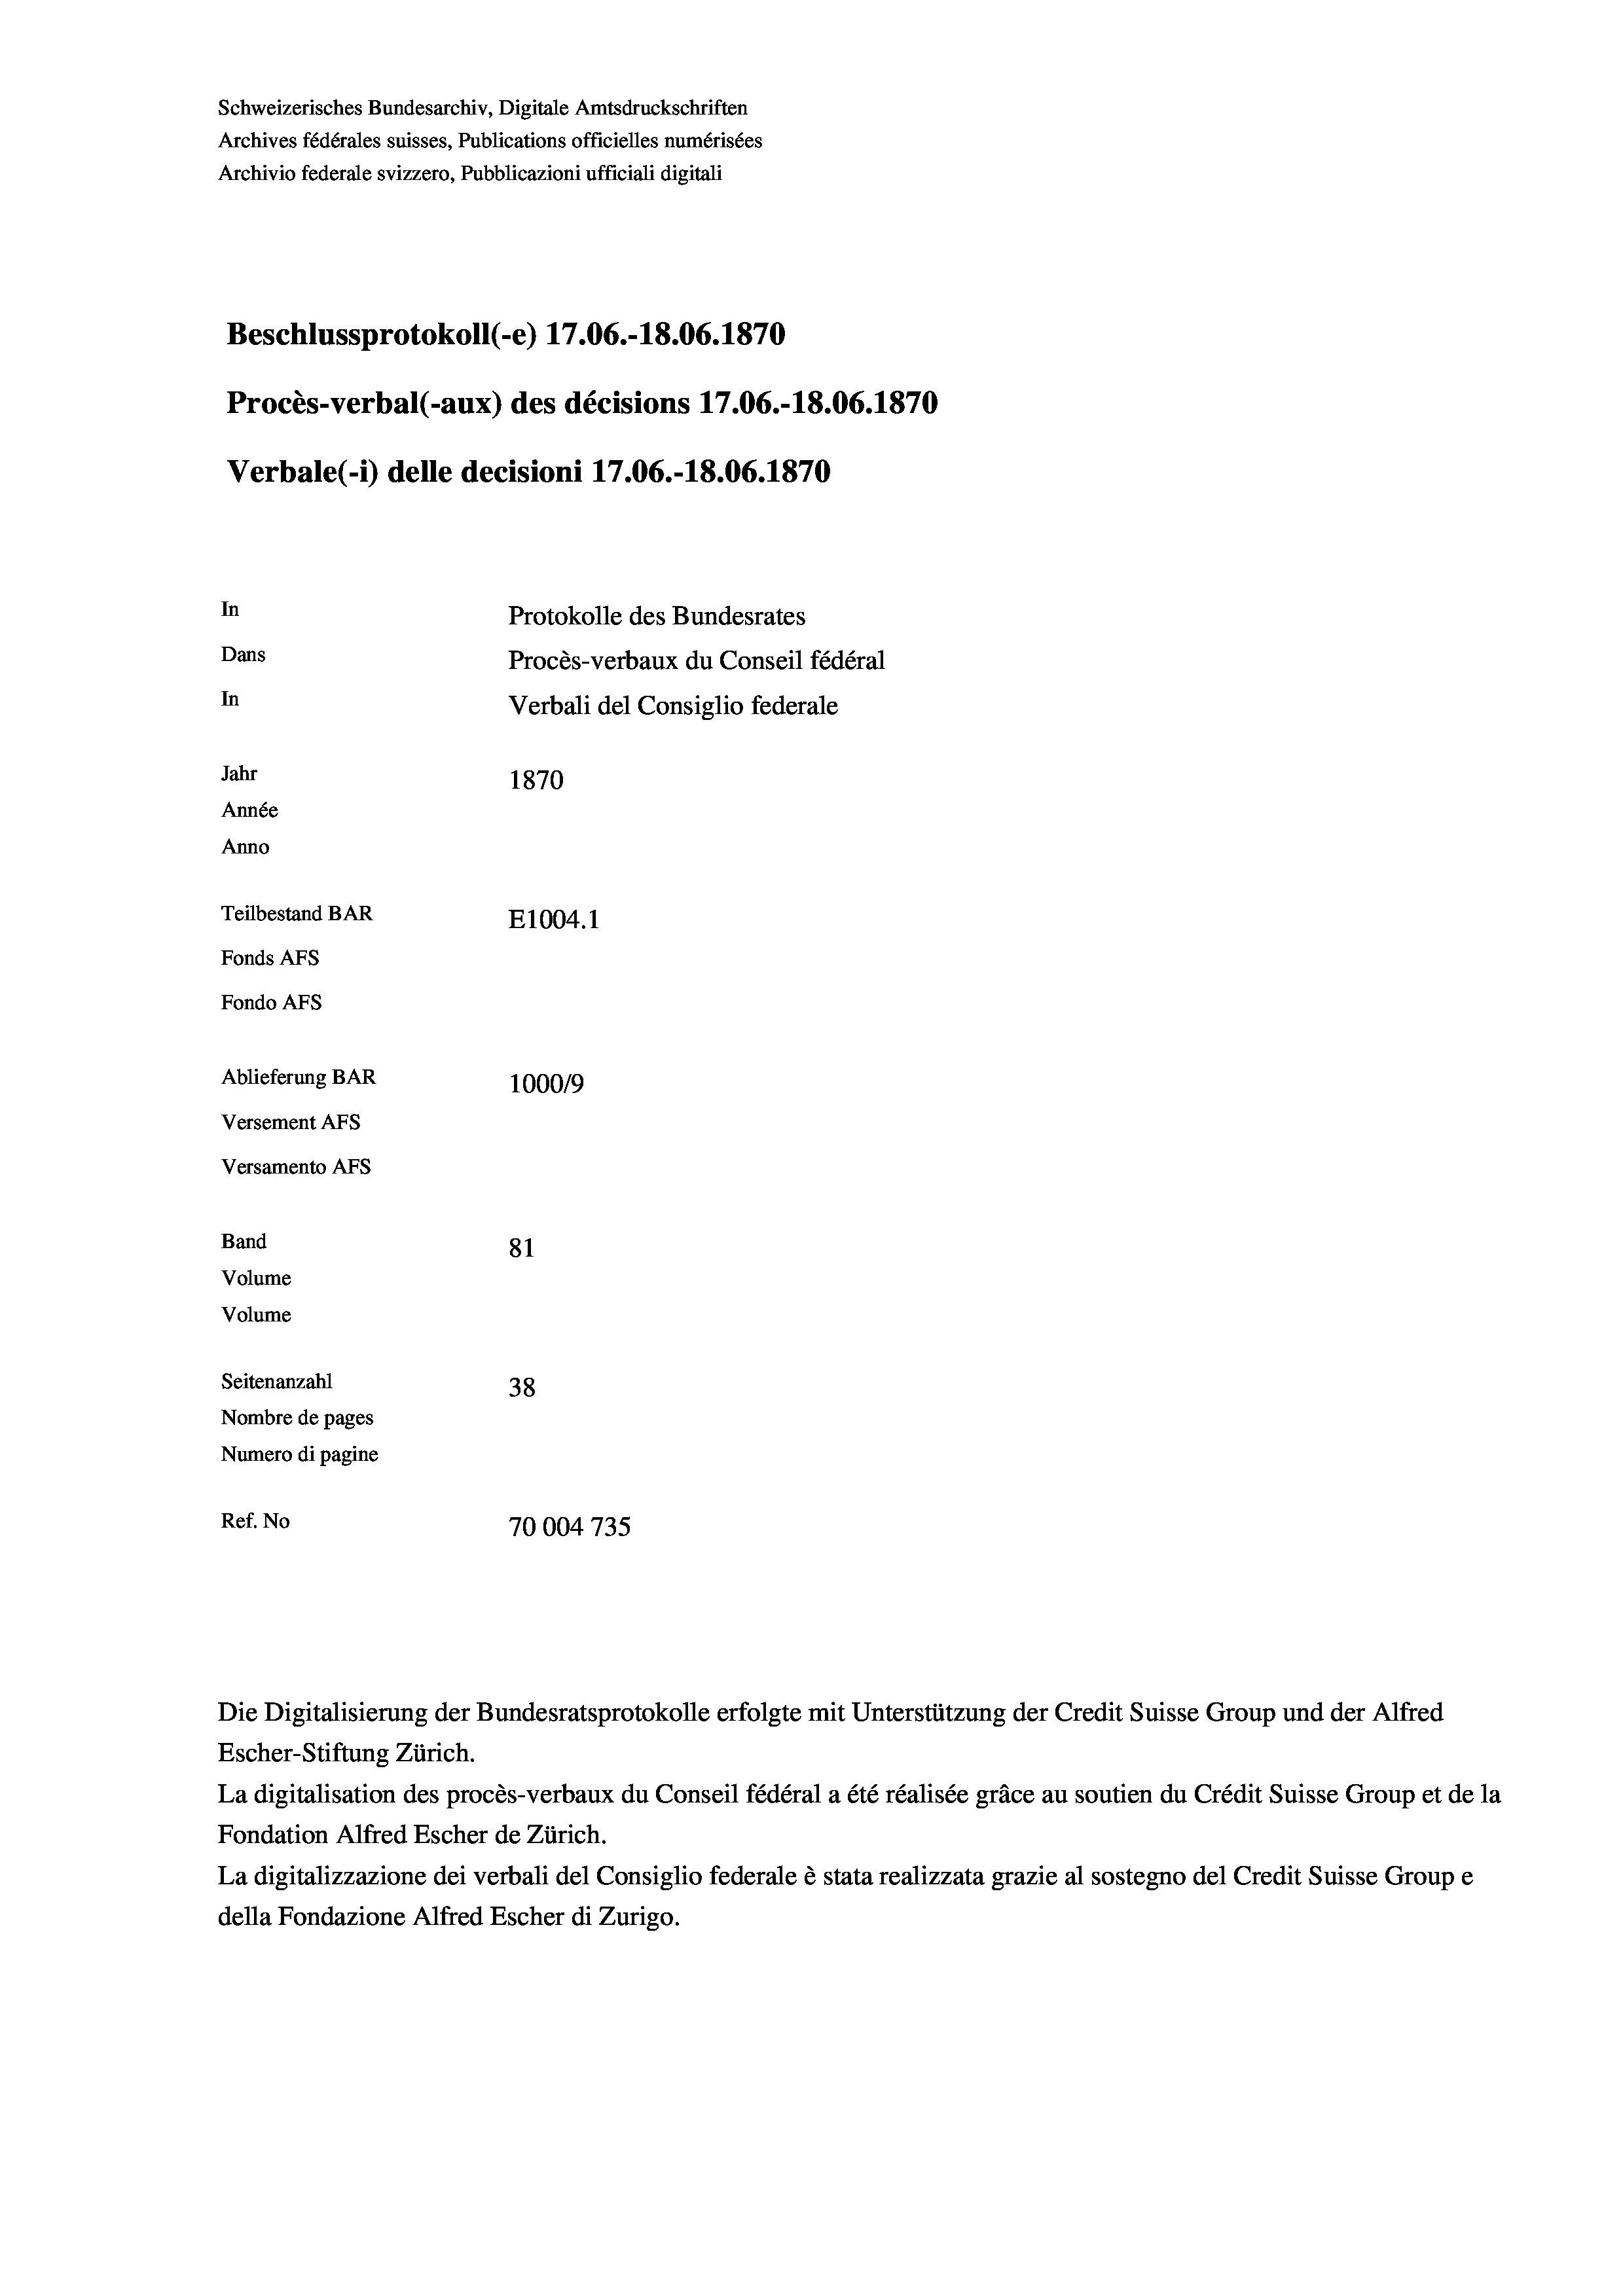
Schweizerisches Bundesarchiv, Digitale Amtsdruckschriften
Archives fédérales suisses, Publications officielles numérisées
Archivio federale svizzero, Pubblicazioni ufficiali digitali
Beschlussprotokoll (-e) 17.06.-18.06. 1870
Procès-verbal (-aux) des décisions 17.06.-18.06. 1870
Verbale (- 1) delle decisioni 17.06.-18.06. 1870
In
Protokolle des Bundesrates
Dans
Procès-verbaux du Conseil fédéral
In
Verbali del Consiglio federale
Jahr
1870
Année
Anno
Teilbestand BAR
E1004. 1
Fonds AFs
Fondo Afs
Ablieferung BAR
100019
Versement AFs
Versamento AFs

81
Seitenanzahl
38
Nombre de pages
Numero di pagine
Ref. No
70004 735

Band
Volume

Volume

Escher-Stiftung Zürich.
La digitalisation des procès-verbaux du Conseil fédéral a été réalisée gräce au soutien du Crédit Suisse Group et de la
Fondation Alfred Escher de Zürich.
La digitalizzazione dei verbali del Consiglio federale è stata realizzata grazie al sostegno del Credit Suisse Groupe
della Fondazione Alfred Escher di Zurigo.

Die Digitalisierung der Bundesratsprotokolle erfolgte mit Unterstützung der Credit Suisse Group und der Alfred